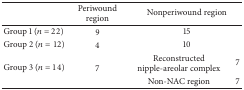
<table><thead><tr><td><b> </b></td><td><b>Periwound region</b></td><td colspan="2"><b>Nonperiwound region</b></td></tr></thead><tbody><tr><td>Group 1 (<i>n</i> = 22)</td><td>9</td><td colspan="2">15</td></tr><tr><td>Group 2 (<i>n</i> = 12)</td><td>4</td><td colspan="2">10</td></tr><tr><td rowspan="2">Group 3 (<i>n</i> = 14) </td><td rowspan="2">7</td><td>Reconstructed nipple-areolar complex</td><td>7</td></tr><tr><td>Non-NAC region</td><td>7</td></tr></tbody></table>